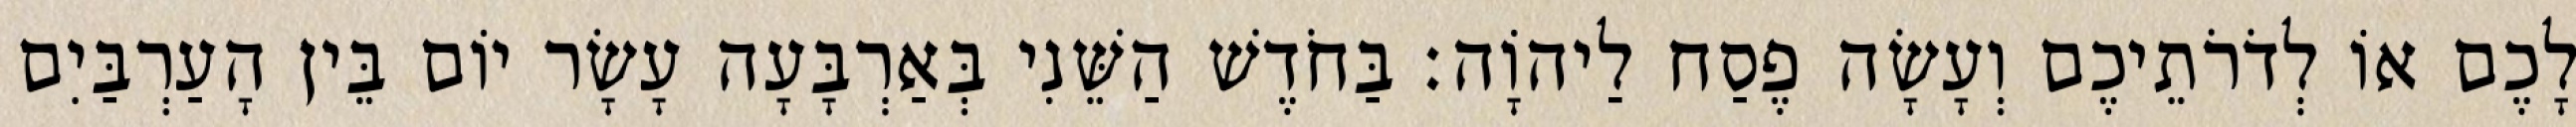
לָכֶם אוֹ לְדֹרֹתֵיכֶם וְעָשָׂה פֶסַח לַיהוָֹה׃ בַּחֹדֶשׁ הַשֵּׁנִי בְּאַרְבָּעָה עָשָׂר יוֹם בֵּין הָעַרְבַּיִם